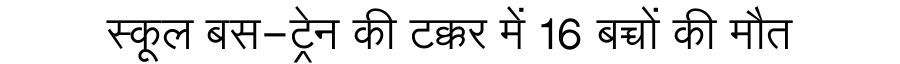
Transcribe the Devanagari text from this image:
स्कूल बस-ट्रेन की टक्कर में 16 बच्चों की मौत